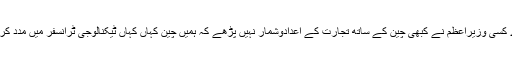
کیا ہمارے کسی وزیراعظم نے کبھی چین کے ساتھ تجارت کے اعدادوشمار نہیں پڑھے کہ ہمیں چین کہاں کہاں ٹیکنالوجی ٹرانسفر میں مدد کرسکتا ہے؟